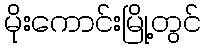
မိုးကောင်းမြို့တွင်